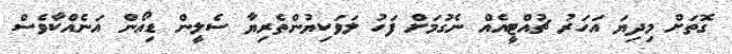
ގޮތަށް މިދިޔަ އަހަރު ޗުއްޓީއެއް ނެގުމަށް ފަހު ލަވަކިޔުންތެރިޔާ ސެލީން ޑިއޯން އަނެއްކާވެސް